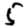
Digit: 5